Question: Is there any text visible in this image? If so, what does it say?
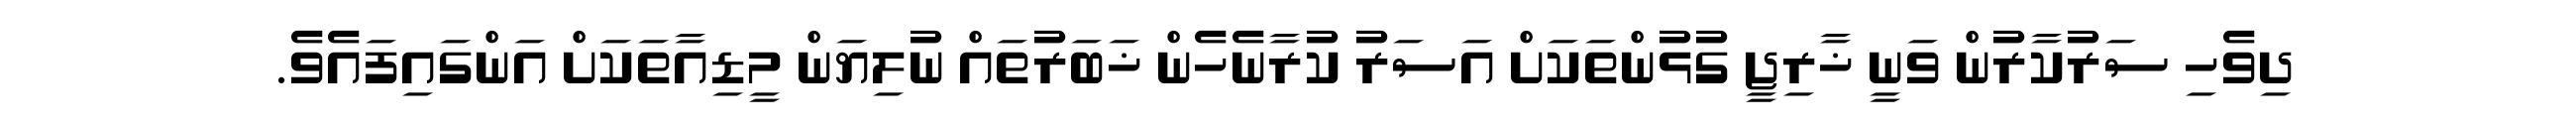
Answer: ދިވެހި ސަރުކާރުން ވަނީ ޚާރިޖީ ގުޅުންތަކަށް އަސަރު ކުރާނެހެން ޚަބަރުތައް ނުލިޔަން މީޑިއާތަކަށް އަންގައިފައެވެ.